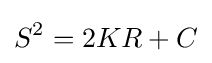
S^{2}=2KR+C